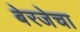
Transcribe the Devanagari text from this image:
बेरजेचा